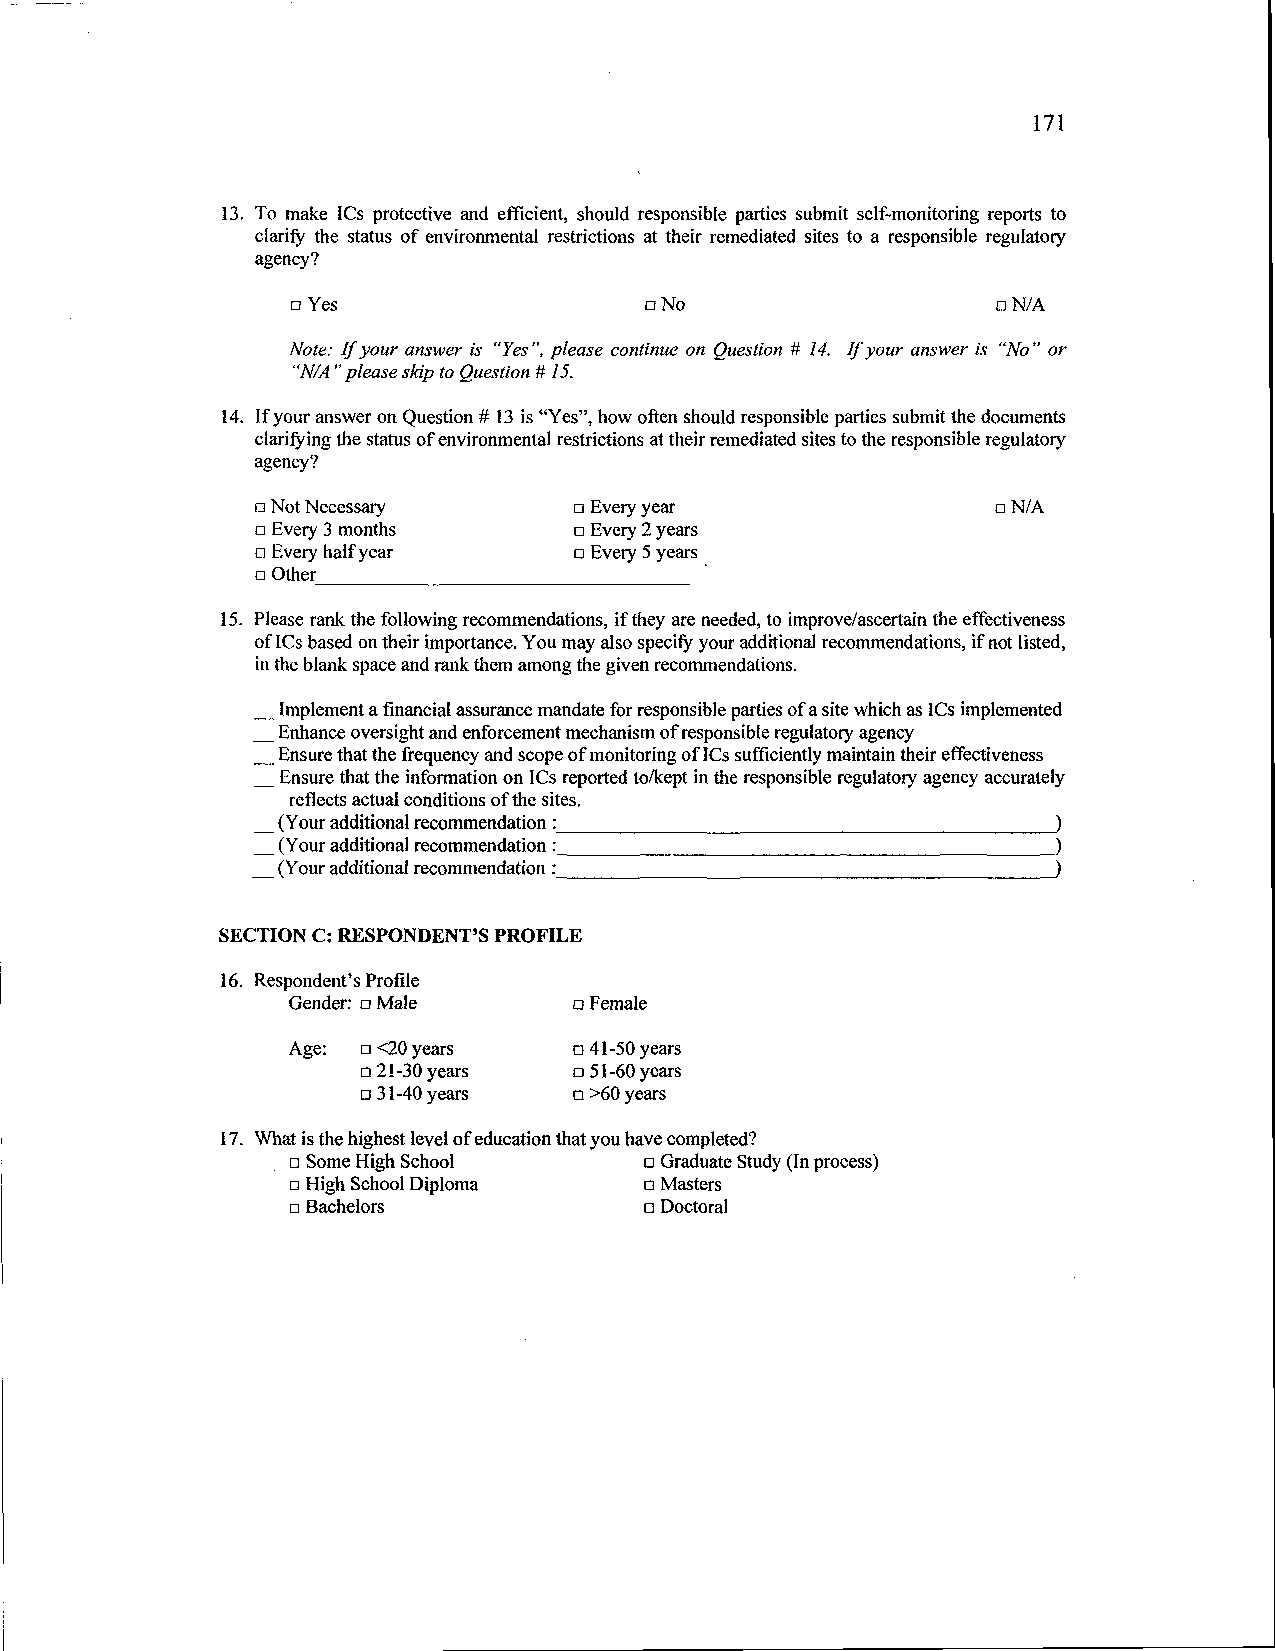
171
 13. To make ICs protective and efficient, should responsible parties submit self-monitoring reports to
 clarify the status of environmental restrictions at their remediated sites to a responsible regulatory
 agency?
 o Yes                   o No                   o N/A
 Note: If your answer is "Yes", please continue on Question # 14. If your answer is "No" or
 "N/A" please skip to Question # 15.
 14. If your answer on Question # 13 is "Yes", how often should responsible parties submit the documents
 clarifying the status of environmental restrictions at their remediated sites to the responsible regulatory
 agency?
 o Not Necessary      o Every year                o N/A
 o Every 3 months     o Every 2 years
 o Every half year    o Every 5 years
 o Other
 15. Please rank the following recommendations, if they are needed, to improve/ascertain the effectiveness
 of ICs based on their importance. You may also specify your additional recommendations, if not listed,
 in the blank space and rank them among the given recommendations.
 Implement a financial assurance mandate for responsible parties of a site which as ICs implemented
 Enhance oversight and enforcement mechanism of responsible regulatory agency
 Ensure that the frequency and scope of monitoring of ICs sufficiently maintain their effectiveness
 Ensure that the information on ICs reported to/kept in the responsible regulatory agency accurately
 reflects actual conditions of the sites.
 (Your additional recommendation :                   )
 (Your additional recommendation :                   )
 (Your additional recommendation :                   )
 SECTION C: RESPONDENT'S PROFILE
 16. Respondent's Profile
 Gender: a Male     a Female
 Age: o <20 years   o 41-50 years
 o 21-30 years o 51-60 years
 o 31-40 years a >60 years
 17. What is the highest level of education that you have completed?
 o Some High School      o Graduate Study (In process)
 o High School Diploma   o Masters
 o Bachelors             o Doctoral